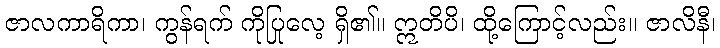
ဇာလကာရိကာ၊ ကွန်ရက် ကိုပြုလေ့ ရှိ၏။ ဣတိပိ၊ ထို့ကြောင့်လည်း။ ဇာလိနီ၊